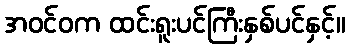
အဝင်ဝက ထင်းရူးပင်ကြီးနှစ်ပင်နှင့်။